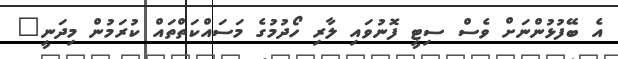
އެ ބޭފުޅުންނަށް ވެސް ސިޓީ ފޮނުވައި ލާރި ހޯދުމުގެ މަސައްކަތްތައް ކުރަމުން މިދަނީ"